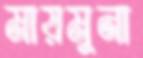
মায়মুনা